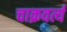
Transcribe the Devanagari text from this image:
चाक्रवर्त्य